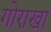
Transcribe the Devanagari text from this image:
गोराखा